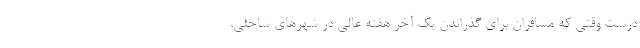
درست وقتی که مسافران برای گذراندن یک آخر هفته عالی در شهرهای ساحلی،